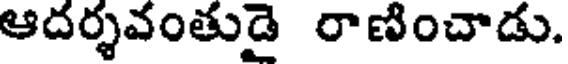
ఆదర్శవంతుడై రాణించాడు.